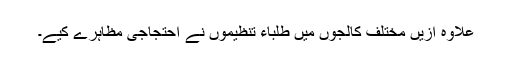
علاوہ ازیں مختلف کالجوں میں طلباء تنظیموں نے احتجاجی مظاہرے کیے۔